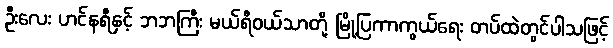
ဦးလေး ဟင်နရီနှင့် ဘဘကြီး မယ်ရီဝယ်သာတို့ မြို့ပြကာကွယ်ရေး တပ်ထဲတွင်ပါသဖြင့်